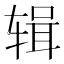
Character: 辑